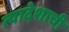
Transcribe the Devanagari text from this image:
त्यादेशाची